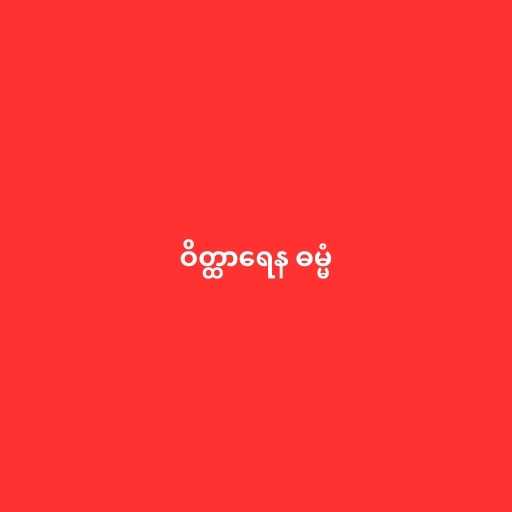
ဝိတ္ထာရေန ဓမ္မံ